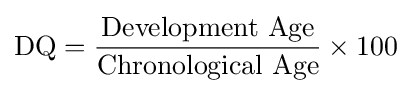
{\text{DQ}}={\frac {\text{Development Age}}{\text{Chronological Age}}}\times 100